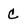
Character: C